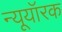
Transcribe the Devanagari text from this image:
न्यूयॉरक